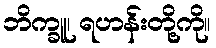
ဘိက္ခူ၊ ရဟန်းတို့ကို။